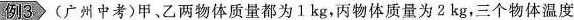
例3 (广州中考)甲，乙两物体质量都为1kg，丙物体质量为2kg，三个物体温度